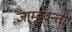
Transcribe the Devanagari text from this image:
जाम्बुवन्ती